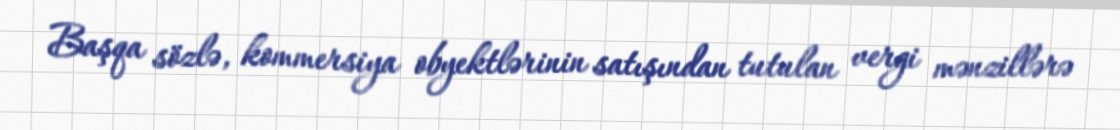
Başqa sözlə, kommersiya obyektlərinin satışından tutulan vergi mənzillərə